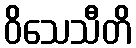
ဝိသေသီတိ